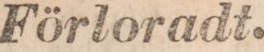
Förloradt.